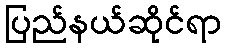
ပြည်နယ်ဆိုင်ရာ